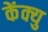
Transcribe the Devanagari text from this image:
केंक्यु